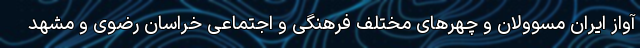
آواز ایران مسوولان و چهرهای مختلف فرهنگی و اجتماعی خراسان رضوی و مشهد